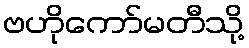
ဗဟိုကော်မတီသို့